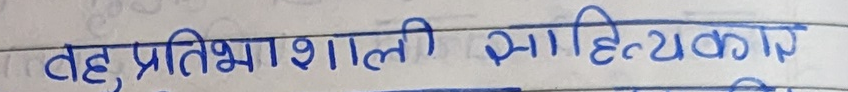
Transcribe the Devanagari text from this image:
वह, प्रतिभाशाली साहित्यकार